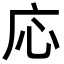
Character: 応